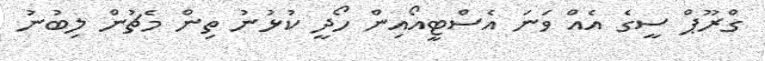
ގްރޫޕް ސީގެ އެއް ވަނަ އެސްޓީއޯއިން ހޯދީ ކުޅުނު ތިން މެޗުން ލިބުނު